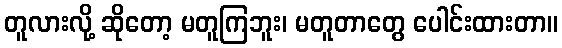
တူလားလို့ ဆိုတော့ မတူကြဘူး၊ မတူတာတွေ ပေါင်းထားတာ။